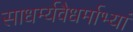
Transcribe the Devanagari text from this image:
साधर्म्यवैधर्माभ्यां